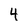
Character: 4